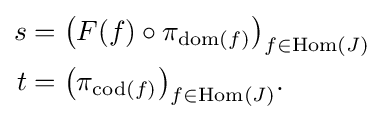
{\begin{aligned}s&={\bigl (}F(f)\circ \pi _{\operatorname {dom} (f)}{\bigr )}_{f\in \operatorname {Hom} (J)}\\t&={\bigl (}\pi _{\operatorname {cod} (f)}{\bigr )}_{f\in \operatorname {Hom} (J)}.\end{aligned}}